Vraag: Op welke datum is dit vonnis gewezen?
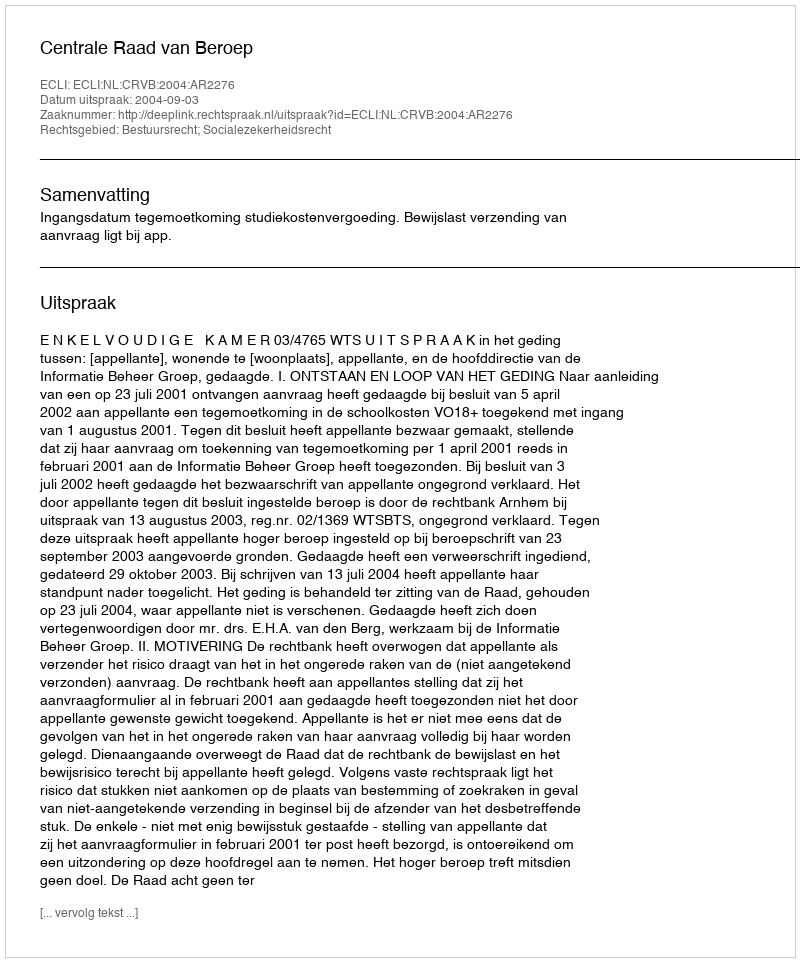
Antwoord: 2004-09-03